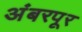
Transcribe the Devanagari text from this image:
अंबरपूर